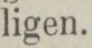
ligen.